Vaccination in Burma 1920-1933 - 1920-1933
Year: 1920
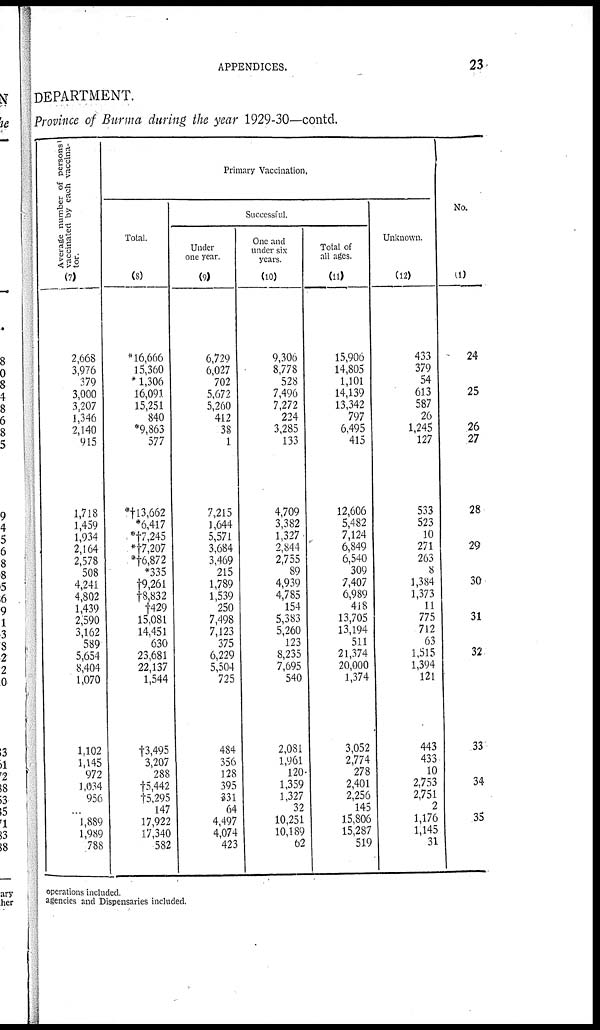
APPENDICES.
23
DEPARTMENT.
Province of Burma during the year 1929-30—contd.
Average number of persons
vaccinated by each vaccina-
tor.
(7)
2,668
3,976
379
3,000
3,207
1,346
2,140
915
1,718
1,459
1,934
2,164
2,578
508
4,241
4,802
1,439
2,590
3,162
589
5,654
8,404
1,070
1,102
1,145
972
1,034
956
...
1,889
1,989
788
Primary Vaccination.
Total.
(8)
*16,666
15,360
*1,306
16,091
15,251
840
*9,863
577
*†13,662
*6,417
*†7,245
*†7,207
*†6,872
*335
†9,261
†8,832
†429
15,081
14,451
630
23,681
22,137
1,544
†3,495
3,207
288
†5,442
†5,295
147
17,922
17,340
582
Successful.
Under
one year.
(9)
6,729
6,027
702
5,672
5,260
412
38
1
7,215
1,644
5,571
3,684
3,469
215
1,789
1,539
250
7,498
7,123
375
6,229
5,504
725
484
356
128
395
331
64
4,497
4,074
423
One and
under six
years.
(10)
9,306
8,778
528
7,496
7,272
224
3,285
133
4,709
3,382
1,327
2,844
2,755
89
4,939
4,785
154
5,383
5,260
123
8,235
7,695
540
2,081
1,961
120
1,359
1,327
32
10,251
10,189
62
Total of
all ages.
(11)
15,900
14,805
1,101
14,139
13,342
797
6,495
415
12,606
5,482
7,124
6,849
6,540
309
7,407
6,989
418
13,705
13,194
511
21,374
20,000
1,374
3,052
2,774
278
2,401
2,256
145
15,806
15,287
519
Unknown.
(12)
433
379
54
613
587
26
1,245
127
533
523
10
271
263
8
1,384
1,373
11
775
712
63
1,515
1,394
121
443
433
10
2,753
2,751
2
1,176
1,145
31
No.
(1)
24
25
26
27
28
29
30
31
32
33
34
35
1
operations included.
agencies and Dispensaries included.